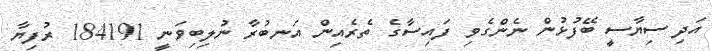
އަދި ސިޔާސީ ބޭފުޅުން ނެންގެވި ފައިސާގެ ތެރެއިން އަނބުރާ ނުލިބިވަނީ 184191 ރުފިޔާ